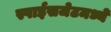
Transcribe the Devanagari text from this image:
स्पाईसजेटमध्ये